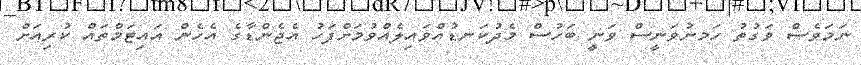
ނަމަވެސް ވަގުތު ހަަމނުވަނީސް ވަނީ ބަހުސް މެދުކަނޑުއްވައިލެއްވުމަށްފަހު އެޖެންޑާގެ އެހެން އައިޓަމްތައް ކުރިއަށް